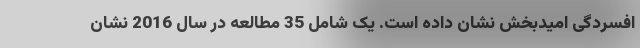
افسردگی امیدبخش نشان داده است. یک شامل 35 مطالعه در سال 2016 نشان